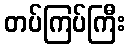
တပ်ကြပ်ကြီး